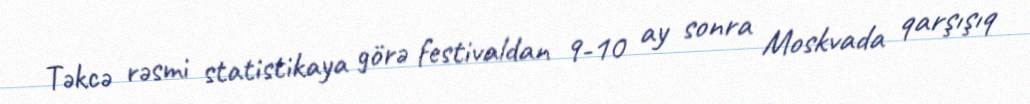
Təkcə rəsmi statistikaya görə festivaldan 9-10 ay sonra Moskvada qarşışıq